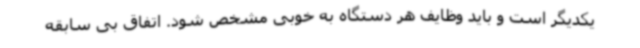
یکدیگر است و باید وظایف هر دستگاه به خوبی مشخص شود. اتفاق بی سابقه